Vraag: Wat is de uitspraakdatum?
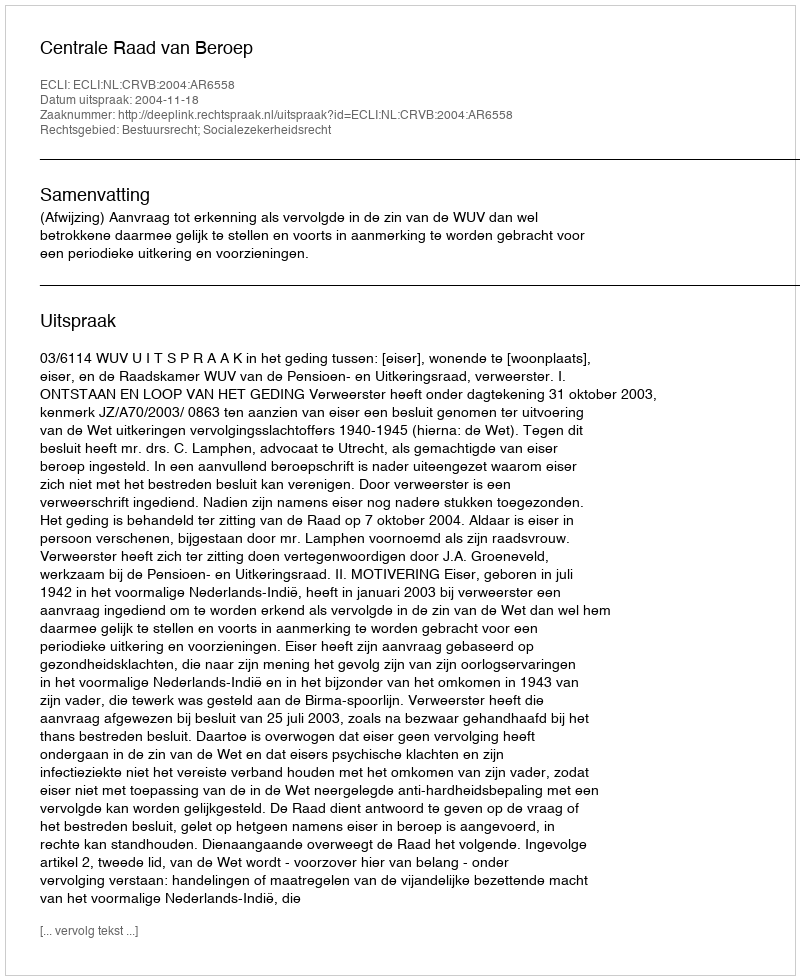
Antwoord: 2004-11-18